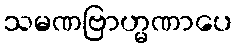
သမဏဗြာဟ္မဏာပေ